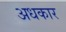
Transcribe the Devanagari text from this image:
अधकार